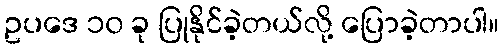
ဥပဒေ ၁၀ ခု ပြုနိုင်ခဲ့တယ်လို့ ပြောခဲ့တာပါ။